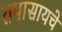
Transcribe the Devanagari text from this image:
तपासायचे